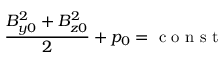
\frac { B _ { y 0 } ^ { 2 } + B _ { z 0 } ^ { 2 } } { 2 } + p _ { 0 } = \mathrm { ~ c ~ o ~ n ~ s ~ t ~ }